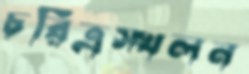
চরিত্রস্খলন